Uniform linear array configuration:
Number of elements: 16
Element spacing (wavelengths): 0.5
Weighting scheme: blackman
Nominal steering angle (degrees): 30
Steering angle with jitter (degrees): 28.099
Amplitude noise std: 0.05
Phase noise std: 0.05

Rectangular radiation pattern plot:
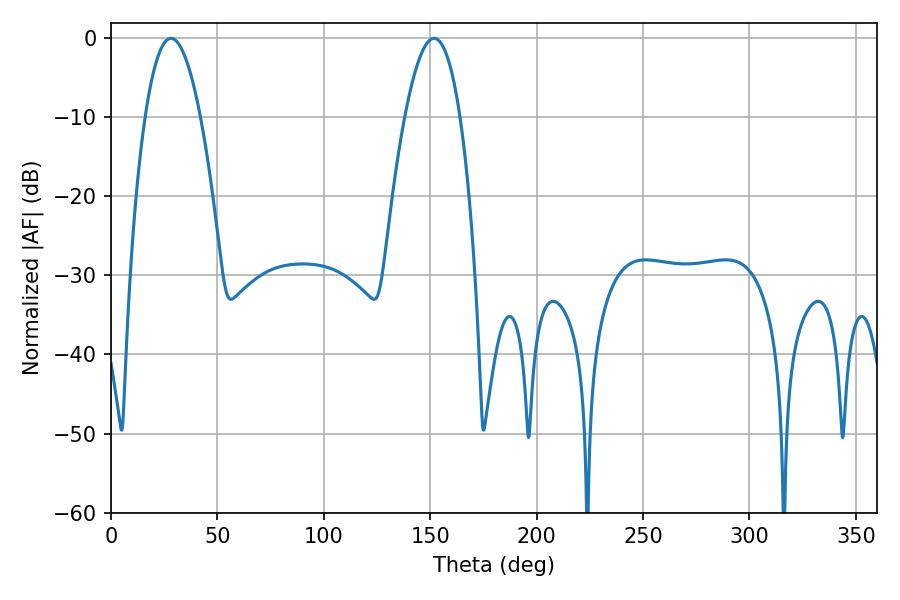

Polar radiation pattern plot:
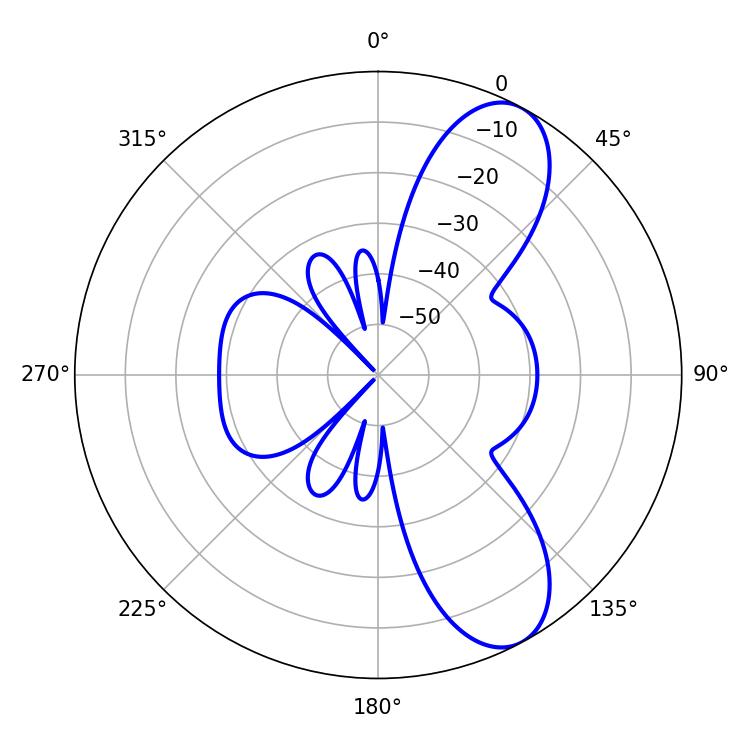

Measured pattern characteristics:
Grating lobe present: FALSE
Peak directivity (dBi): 8.95
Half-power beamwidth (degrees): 14.4
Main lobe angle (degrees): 28.26